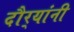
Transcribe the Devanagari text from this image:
दौर्‍यांनी